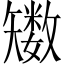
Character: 𥐈